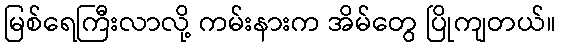
မြစ်ရေကြီးလာလို့ ကမ်းနားက အိမ်တွေ ပြိုကျတယ်။